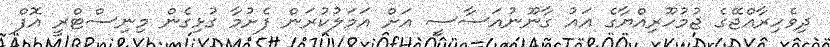
ދިވެހިރާއްޖޭގެ ޖުމުހޫރިއްޔާގެ އައު ގާނޫނުއަސާސީ އަށް އަމަލުކުރަން ފެށުމާ ގުޅިގެން މިނިސްޓްރީ އޮފް